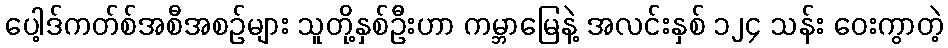
ပေါ့ဒ်ကတ်စ်အစီအစဉ်များ သူတို့နှစ်ဦးဟာ ကမ္ဘာမြေနဲ့ အလင်းနှစ် ၁၂၄ သန်း ဝေးကွာတဲ့